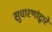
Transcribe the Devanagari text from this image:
सुधारणांद्वारे